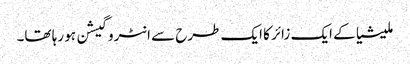
ملیشیا کے ایک زائر کا ایک طرح سے انٹروگیشن ہو رہا تھا۔